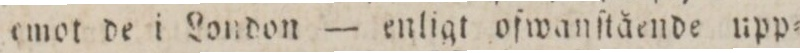
emot de i London — enligt ofwanſtående upp=